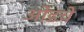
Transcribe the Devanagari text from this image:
ओंडचे